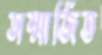
সম্মার্জিত